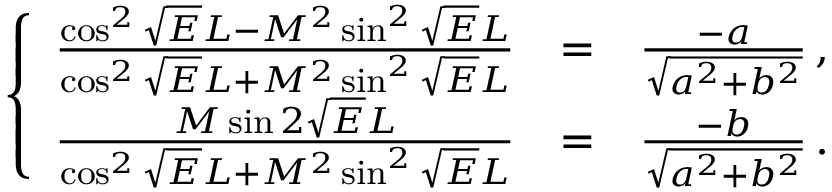
\left\{ \begin{array} { r c l } { \frac { \cos ^ { 2 } \sqrt { E } L - M ^ { 2 } \sin ^ { 2 } \sqrt { E } L } { \cos ^ { 2 } \sqrt { E } L + M ^ { 2 } \sin ^ { 2 } \sqrt { E } L } } & { = } & { \frac { - a } { \sqrt { a ^ { 2 } + b ^ { 2 } } } \, , } \\ { \frac { M \sin 2 \sqrt { E } L } { \cos ^ { 2 } \sqrt { E } L + M ^ { 2 } \sin ^ { 2 } \sqrt { E } L } } & { = } & { \frac { - b } { \sqrt { a ^ { 2 } + b ^ { 2 } } } \, . } \end{array} \right.